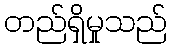
တည်ရှိမှုသည်